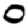
Digit: 0